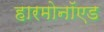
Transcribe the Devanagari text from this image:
हारमोनॉएड